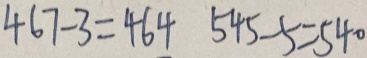
4 6 7 - 3 = 4 6 4 5 4 5 - 5 = 5 4 0